Kallis,_Oskar, lk 67
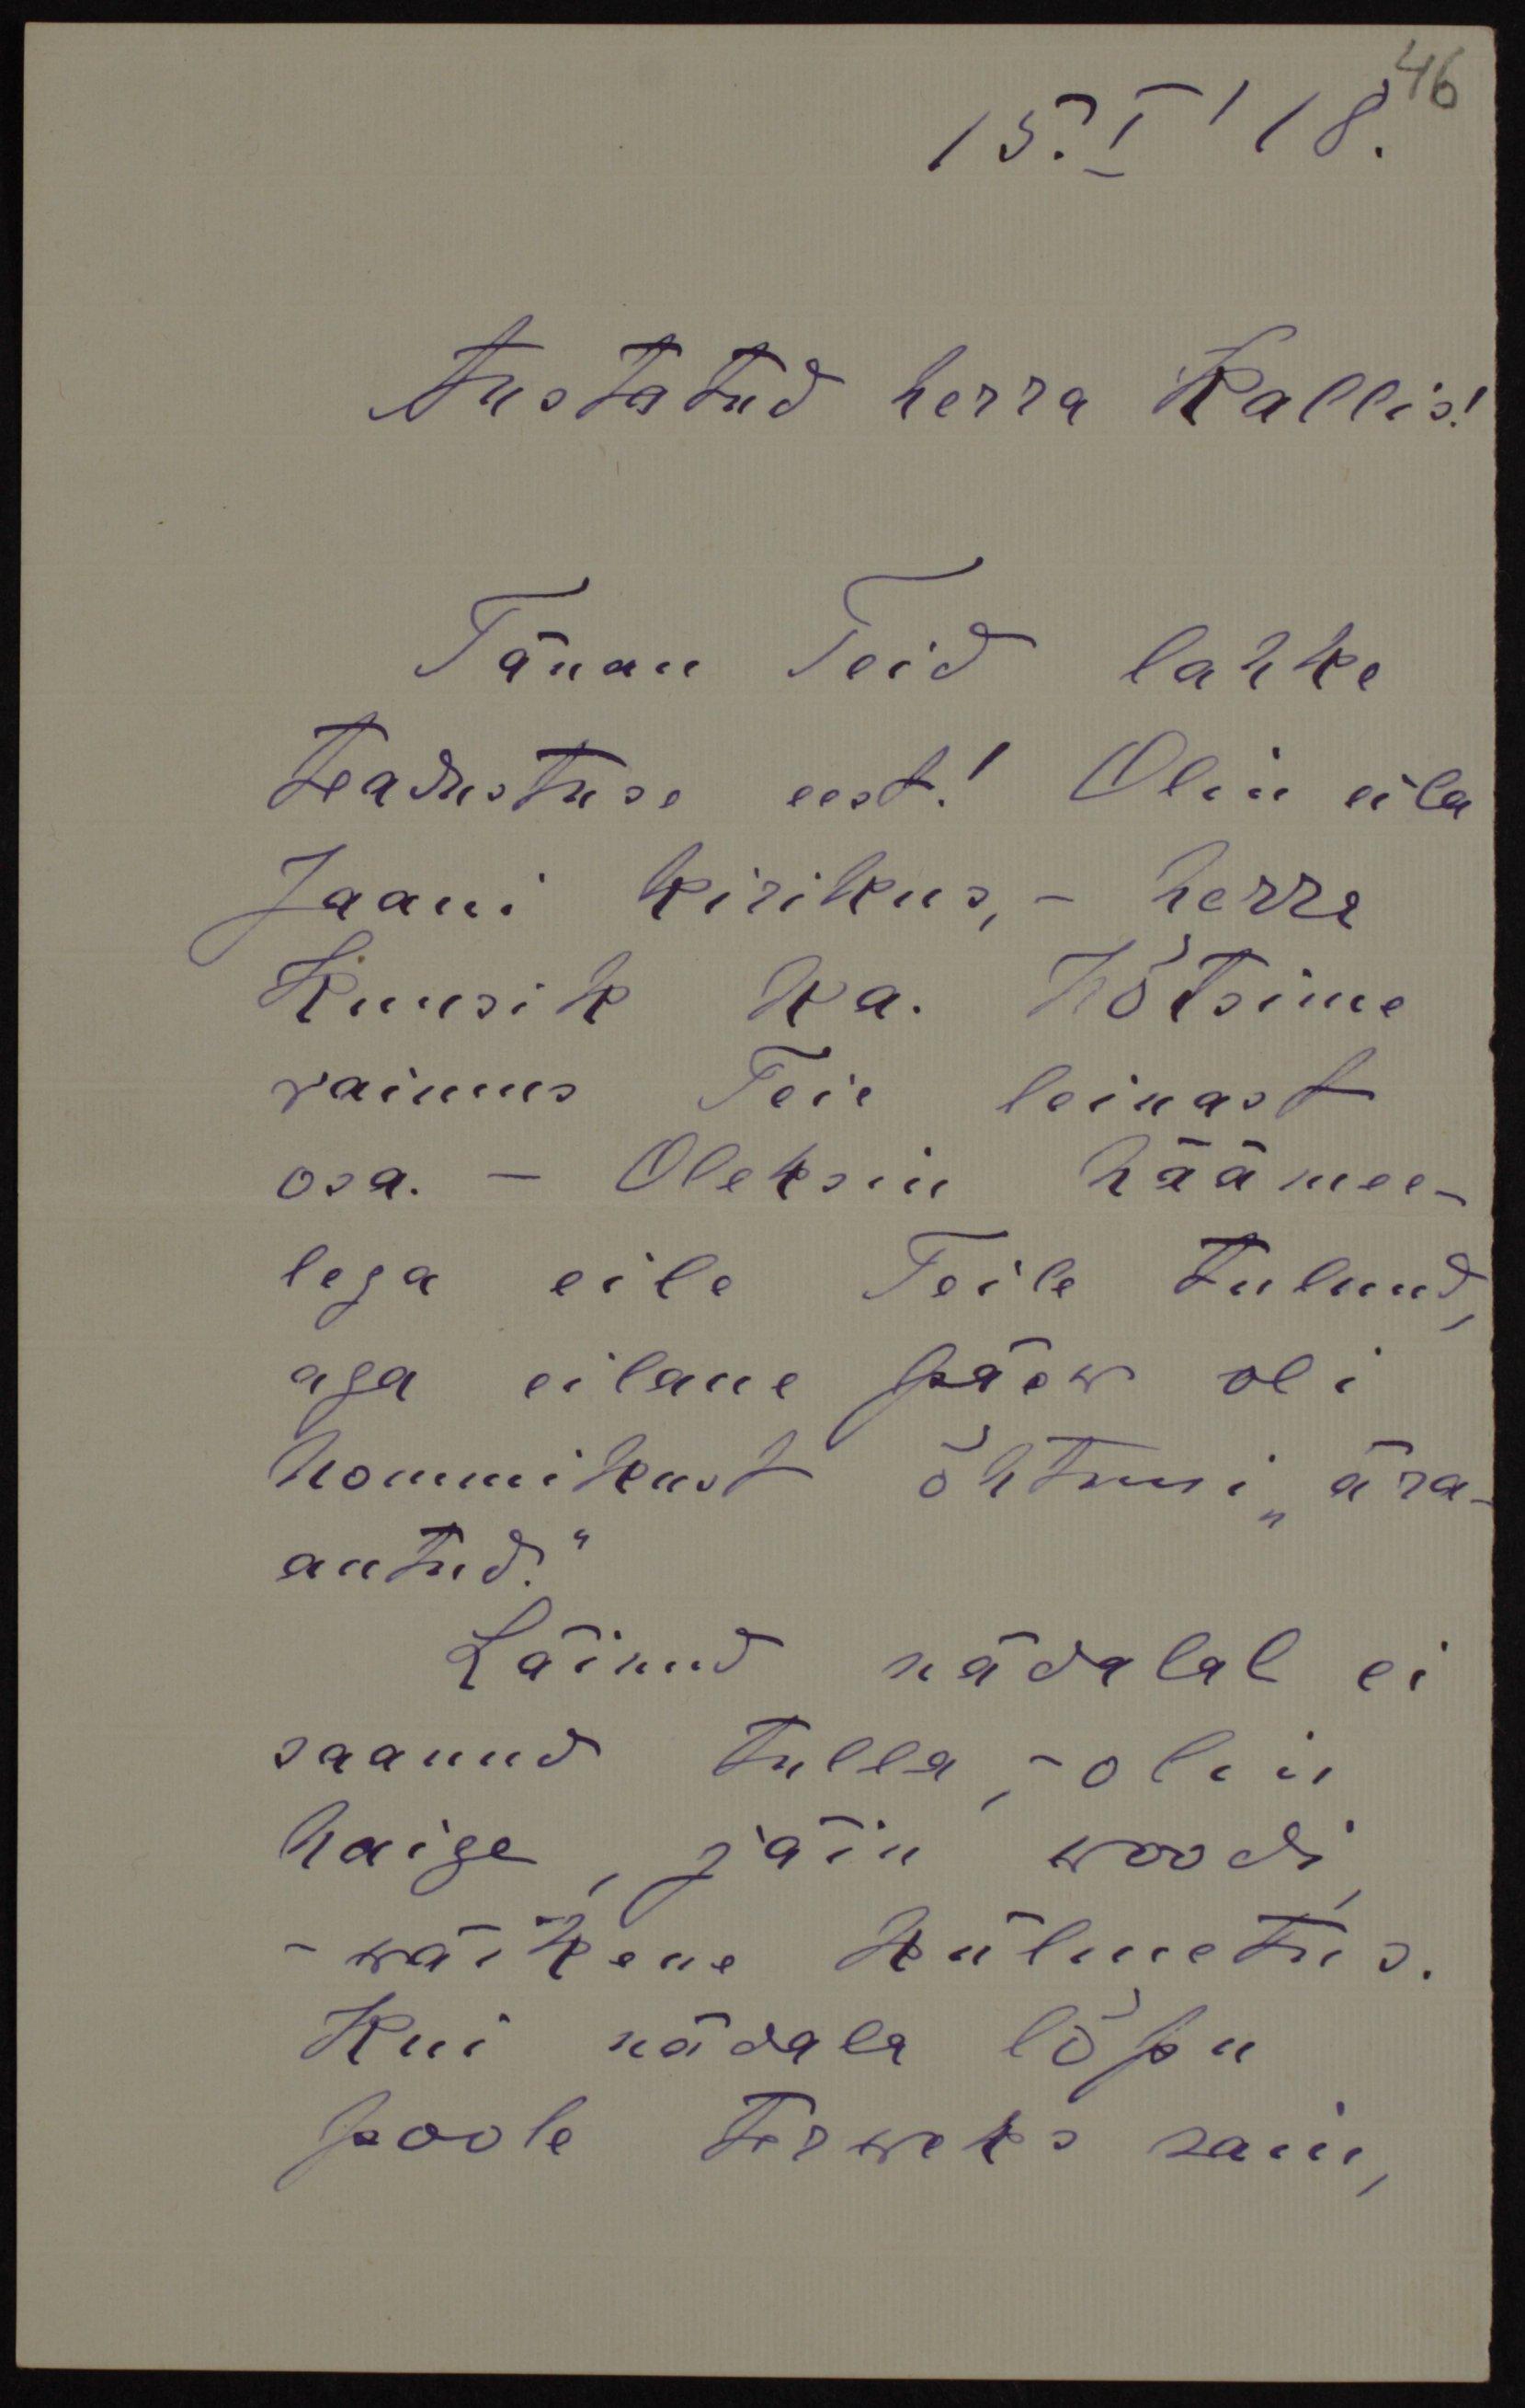
15.I/18
Austatud herra Kallis!
Tänan Teid lahke
Teadustuse eest! Olin eila
Jaani kirikus, - herre
Kuusik ka. Võtsime
vaimus Teie leinast
osa. - Oleksin häämee-
lega eile Teile tulnud,
aga eilane päew oli
hommikust õhtuni "ära-
antud.“
Läinud nädalal ei
saanud tulla - olin
haige jäin woodi.
- wäikene külmetus.
Kui nädala lõpu
poole terweks sain,